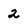
Character: 2